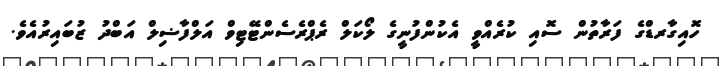
ހޮއިގާރޑްގެ ފަރާތުން ސޮއި ކުރެއްވީ އެކުންފުނީގެ ލޯކަލް ރެޕްރެސެންޓޭޓިވް އަލްފާޟިލް އަބްދު ޒުބައިރުއެވެ.